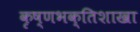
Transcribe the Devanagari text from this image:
कृष्णभक्तिशाखा